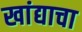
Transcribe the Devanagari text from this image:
खांद्याचा